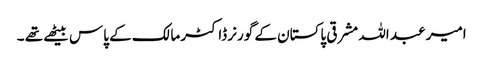
امیر عبد اللہ مشرقی پاکستان کے گورنر ڈاکٹر مالک کے پاس بیٹھے تھے ۔